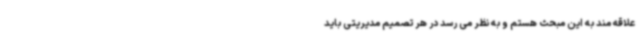
علاقه مند به این مبحث هستم و به نظر می رسد در هر تصمیم مدیریتی باید